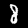
Digit: 8